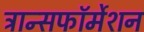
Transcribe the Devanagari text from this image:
ट्रान्सफॉर्मेशन